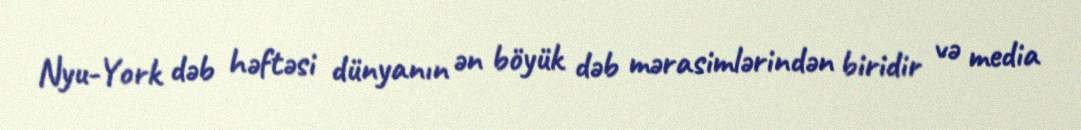
Nyu-York dəb həftəsi dünyanın ən böyük dəb mərasimlərindən biridir və media